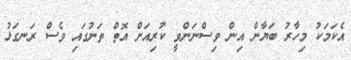
އެކަމަކު މިހާރު ބަޔާން އިން ވިސްނަންވީ ކުރިއަށް އޮތް ތަނުގައި ވެސް ރަނގަޅު